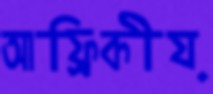
আফ্রিকীয়